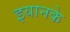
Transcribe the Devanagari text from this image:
इयानके